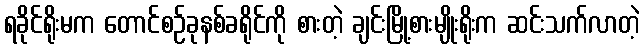
ရခိုင်ရိုးမက တောင်စဉ်ခုနစ်ခရိုင်ကို စားတဲ့ ချင်းမြို့စားမျိုးရိုးက ဆင်းသက်လာတဲ့